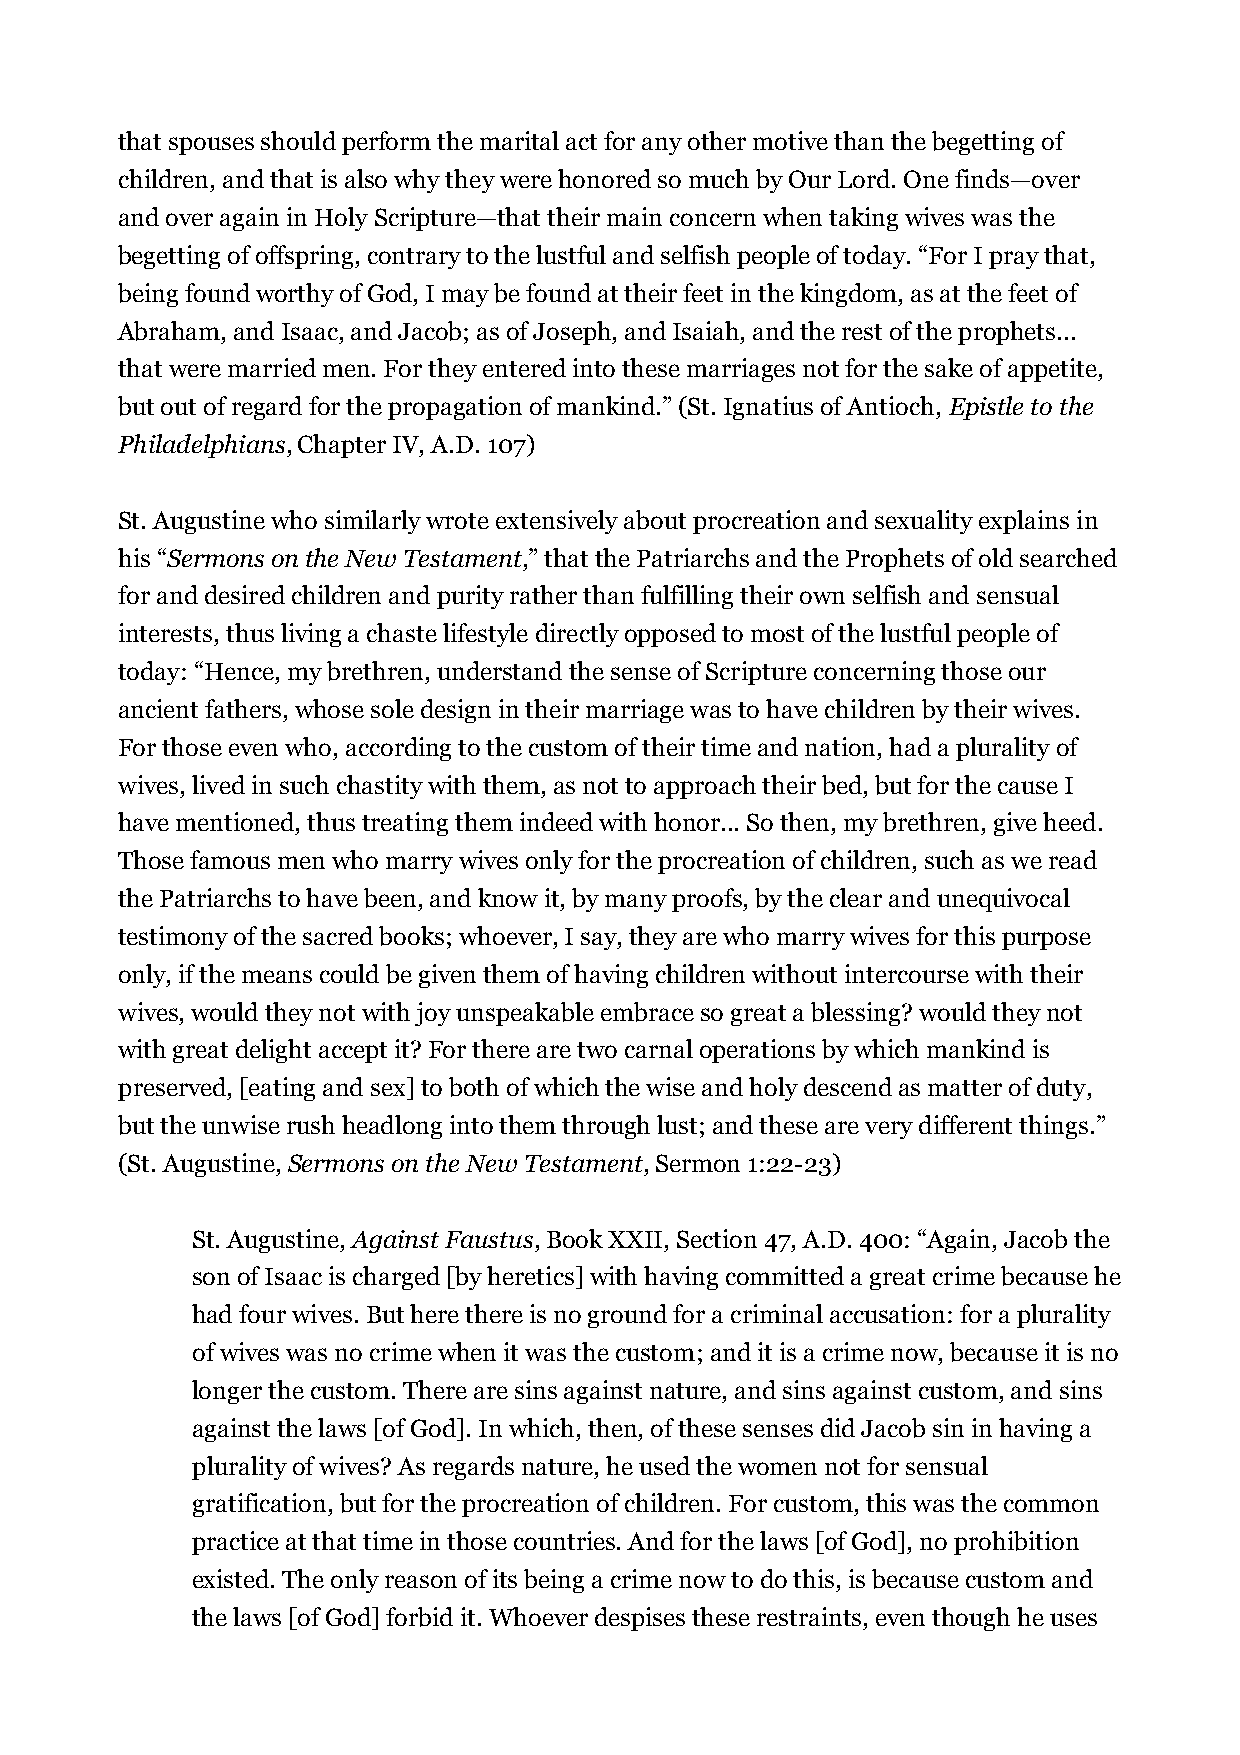
that spouses should perform the marital act for any other motive than the begetting of
 children, and that is also why they were honored so much by Our Lord. One finds—over
 and over again in Holy Scripture—that their main concern when taking wives was the
 begetting of offspring, contrary to the lustful and selfish people of today. “For I pray that,
 being found worthy of God, I may be found at their feet in the kingdom, as at the feet of
 Abraham, and Isaac, and Jacob; as of Joseph, and Isaiah, and the rest of the prophets...
 that were married men. For they entered into these marriages not for the sake of appetite,
 but out of regard for the propagation of mankind.” (St. Ignatius of Antioch, Epistle to the
 Philadelphians, Chapter IV, A.D. 107)
 St. Augustine who similarly wrote extensively about procreation and sexuality explains in
 his “Sermons on the New Testament,” that the Patriarchs and the Prophets of old searched
 for and desired children and purity rather than fulfilling their own selfish and sensual
 interests, thus living a chaste lifestyle directly opposed to most of the lustful people of
 today: “Hence, my brethren, understand the sense of Scripture concerning those our
 ancient fathers, whose sole design in their marriage was to have children by their wives.
 For those even who, according to the custom of their time and nation, had a plurality of
 wives, lived in such chastity with them, as not to approach their bed, but for the cause I
 have mentioned, thus treating them indeed with honor... So then, my brethren, give heed.
 Those famous men who marry wives only for the procreation of children, such as we read
 the Patriarchs to have been, and know it, by many proofs, by the clear and unequivocal
 testimony of the sacred books; whoever, I say, they are who marry wives for this purpose
 only, if the means could be given them of having children without intercourse with their
 wives, would they not with joy unspeakable embrace so great a blessing? would they not
 with great delight accept it? For there are two carnal operations by which mankind is
 preserved, [eating and sex] to both of which the wise and holy descend as matter of duty,
 but the unwise rush headlong into them through lust; and these are very different things.”
 (St. Augustine, Sermons on the New Testament, Sermon 1:22-23)
 St. Augustine, Against Faustus, Book XXII, Section 47, A.D. 400: “Again, Jacob the
 son of Isaac is charged [by heretics] with having committed a great crime because he
 had four wives. But here there is no ground for a criminal accusation: for a plurality
 of wives was no crime when it was the custom; and it is a crime now, because it is no
 longer the custom. There are sins against nature, and sins against custom, and sins
 against the laws [of God]. In which, then, of these senses did Jacob sin in having a
 plurality of wives? As regards nature, he used the women not for sensual
 gratification, but for the procreation of children. For custom, this was the common
 practice at that time in those countries. And for the laws [of God], no prohibition
 existed. The only reason of its being a crime now to do this, is because custom and
 the laws [of God] forbid it. Whoever despises these restraints, even though he uses